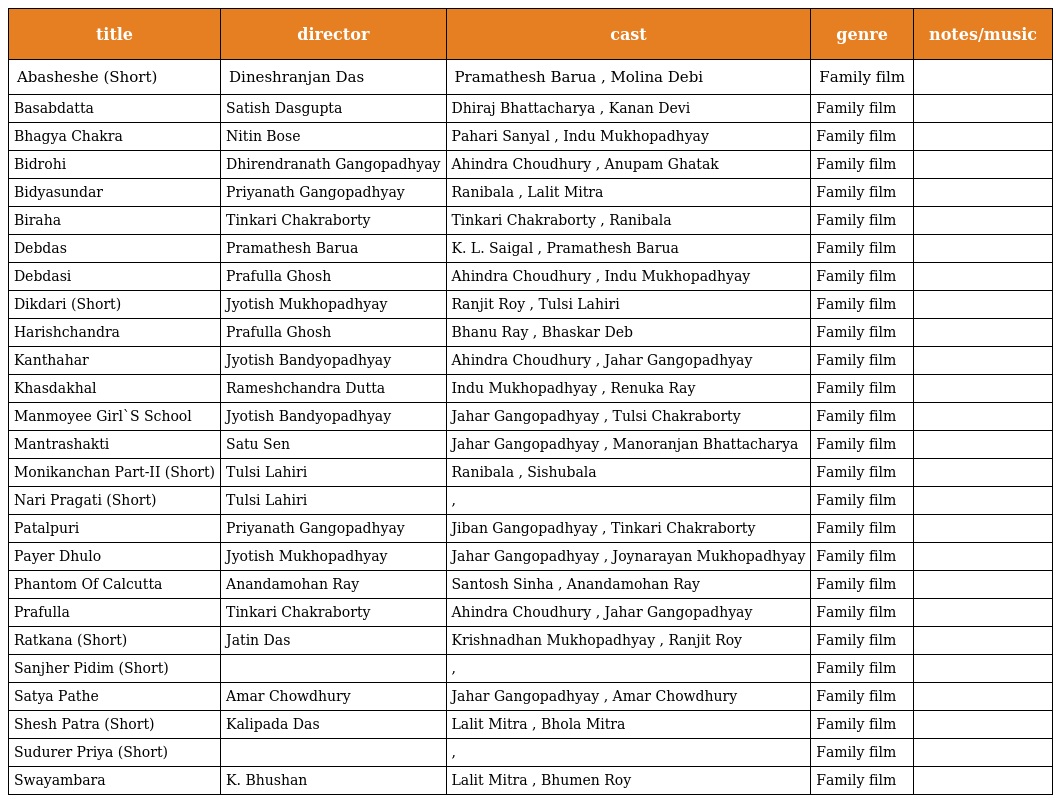
| title | director | cast | genre | notes/music |
 | --- | --- | --- | --- | --- |
 | Abasheshe (Short) | Dineshranjan Das | Pramathesh Barua , Molina Debi | Family film |  |
 | Basabdatta | Satish Dasgupta | Dhiraj Bhattacharya , Kanan Devi | Family film |  |
 | Bhagya Chakra | Nitin Bose | Pahari Sanyal , Indu Mukhopadhyay | Family film |  |
 | Bidrohi | Dhirendranath Gangopadhyay | Ahindra Choudhury , Anupam Ghatak | Family film |  |
 | Bidyasundar | Priyanath Gangopadhyay | Ranibala , Lalit Mitra | Family film |  |
 | Biraha | Tinkari Chakraborty | Tinkari Chakraborty , Ranibala | Family film |  |
 | Debdas | Pramathesh Barua | K. L. Saigal , Pramathesh Barua | Family film |  |
 | Debdasi | Prafulla Ghosh | Ahindra Choudhury , Indu Mukhopadhyay | Family film |  |
 | Dikdari (Short) | Jyotish Mukhopadhyay | Ranjit Roy , Tulsi Lahiri | Family film |  |
 | Harishchandra | Prafulla Ghosh | Bhanu Ray , Bhaskar Deb | Family film |  |
 | Kanthahar | Jyotish Bandyopadhyay | Ahindra Choudhury , Jahar Gangopadhyay | Family film |  |
 | Khasdakhal | Rameshchandra Dutta | Indu Mukhopadhyay , Renuka Ray | Family film |  |
 | Manmoyee Girl`S School | Jyotish Bandyopadhyay | Jahar Gangopadhyay , Tulsi Chakraborty | Family film |  |
 | Mantrashakti | Satu Sen | Jahar Gangopadhyay , Manoranjan Bhattacharya | Family film |  |
 | Monikanchan Part-II (Short) | Tulsi Lahiri | Ranibala , Sishubala | Family film |  |
 | Nari Pragati (Short) | Tulsi Lahiri | , | Family film |  |
 | Patalpuri | Priyanath Gangopadhyay | Jiban Gangopadhyay , Tinkari Chakraborty | Family film |  |
 | Payer Dhulo | Jyotish Mukhopadhyay | Jahar Gangopadhyay , Joynarayan Mukhopadhyay | Family film |  |
 | Phantom Of Calcutta | Anandamohan Ray | Santosh Sinha , Anandamohan Ray | Family film |  |
 | Prafulla | Tinkari Chakraborty | Ahindra Choudhury , Jahar Gangopadhyay | Family film |  |
 | Ratkana (Short) | Jatin Das | Krishnadhan Mukhopadhyay , Ranjit Roy | Family film |  |
 | Sanjher Pidim (Short) |  | , | Family film |  |
 | Satya Pathe | Amar Chowdhury | Jahar Gangopadhyay , Amar Chowdhury | Family film |  |
 | Shesh Patra (Short) | Kalipada Das | Lalit Mitra , Bhola Mitra | Family film |  |
 | Sudurer Priya (Short) |  | , | Family film |  |
 | Swayambara | K. Bhushan | Lalit Mitra , Bhumen Roy | Family film |  |